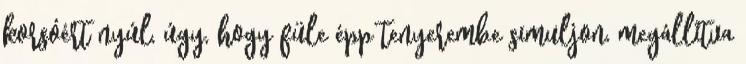
korsóért nyúl, úgy, hogy füle épp tenyerembe simuljon, megállítva